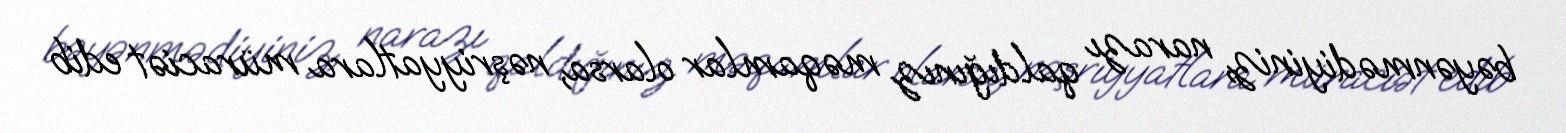
bəyənmədiyiniz, narazı qaldığınız məqamlar olarsa, nəşriyyatlara müraciət edib